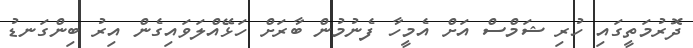
ދޮރުމަތީގައި ހުރި ޝަމްސް އަށް އެމީހާ ފެނުމުން ބާރަށް ހަޅޭއްލަވައިގެން އިރު ބިންގަނޑު